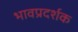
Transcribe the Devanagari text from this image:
भावप्रदर्शक